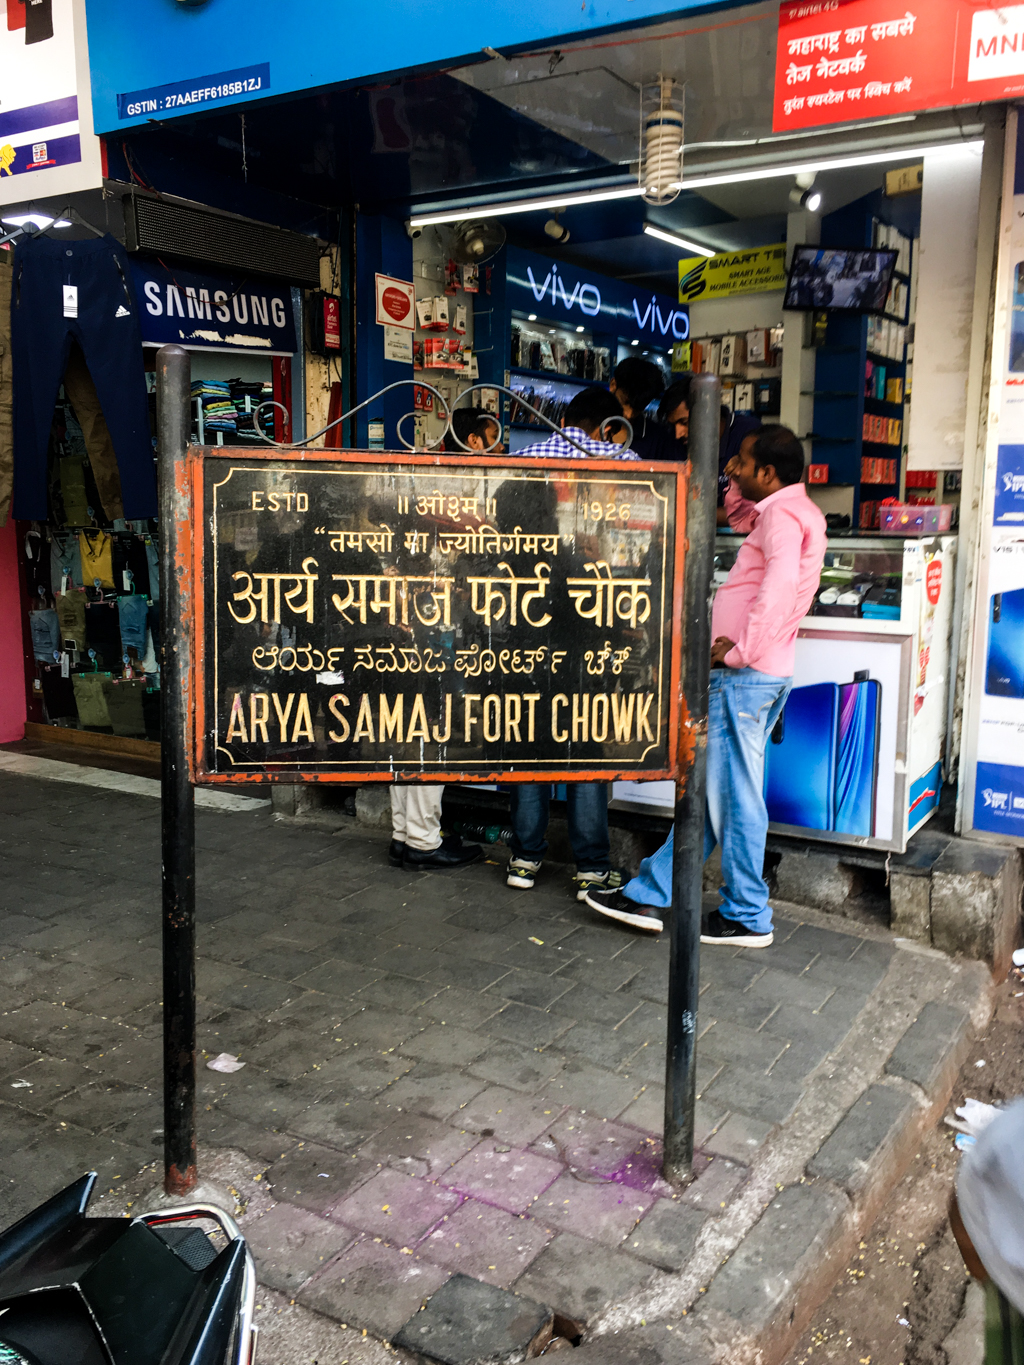
Language: kannada
Transcription: ಫೋರ್ಟ್ ಚೌಕ್ ಆರ್ಯ ಸಮಾಜ